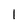
Character: l